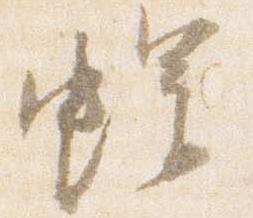
螺